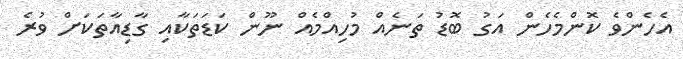
އެހެންވެ ކޮންމެހެން އަގު ބޮޑު ތަނެއް މުހިއްމެއް ނޫން ކަޑަތަކާއި ގާޑިއާތަކަށް ވުރެ